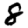
Digit: 8